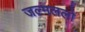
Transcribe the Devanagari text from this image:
जल्मललो